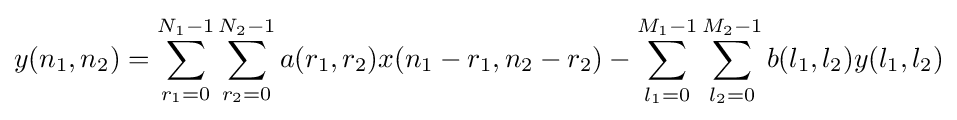
y(n_{1},n_{2})=\sum _{r_{1}=0}^{N_{1}-1}\sum _{r_{2}=0}^{N_{2}-1}{a(r_{1},r_{2})x(n_{1}-r_{1},n_{2}-r_{2})}-\sum _{l_{1}=0}^{M_{1}-1}\sum _{l_{2}=0}^{M_{2}-1}{b(l_{1},l_{2})y(l_{1},l_{2})}